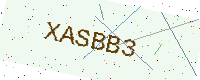
Text: XASBB3